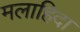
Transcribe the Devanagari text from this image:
मलाहिदा